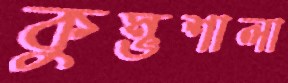
কুম্ভশালা